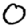
Digit: 0